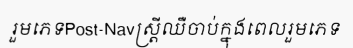
រួមភេទPost-Navស្ត្រីឈឺចាប់ក្នុងពេលរួមភេទ